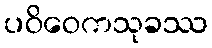
ပဝိဝေကသုခဿ